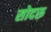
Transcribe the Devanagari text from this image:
सोदरू